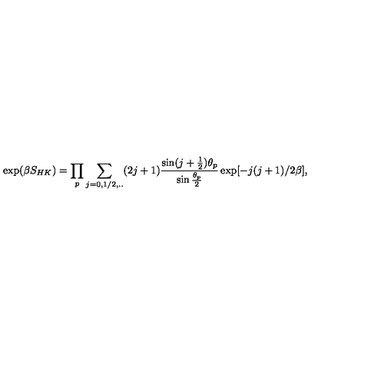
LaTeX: \exp ( \beta S _ { H K } ) = \prod _ { p } \sum _ { j = 0 , 1 / 2 , . . } ( 2 j + 1 ) \frac { \sin ( j + \frac { 1 } { 2 } ) \theta _ { p } } { \sin \frac { \theta _ { p } } { 2 } } \exp [ - j ( j + 1 ) / 2 \beta ] ,